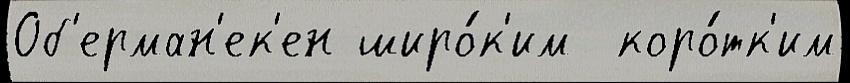
Об'ерман'ек'ен широ́к'им  коро́тк'им